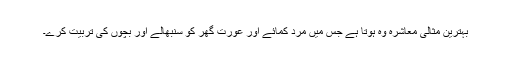
بہترین مثالی معاشرہ وہ ہوتا ہے جس میں مرد کمائے اور عورت گھر کو سنبھالے اور بچوں کی تربیت کرے۔